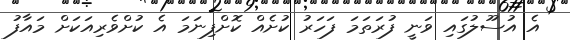
އެ އުސޫލުގައި ވަނީ ފުރަތަމަ ފަހަރު ކުށެއް ކޮށްފިނަމަ އެ ކުށްވެރިއަކަށް މައާފު